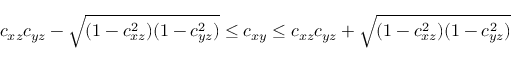
c _ { x z } c _ { y z } - \sqrt { ( 1 - c _ { x z } ^ { 2 } ) ( 1 - c _ { y z } ^ { 2 } ) } \leq c _ { x y } \leq c _ { x z } c _ { y z } + \sqrt { ( 1 - c _ { x z } ^ { 2 } ) ( 1 - c _ { y z } ^ { 2 } ) }